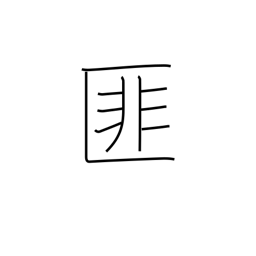
Meaning: negation